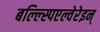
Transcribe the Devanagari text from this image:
बल्ल्स्पिएल्वेरेइन्